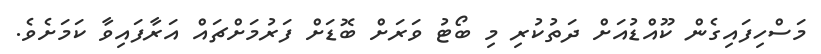
މަސްހިފައިގެން ކޫއްޑުއަށް ދަތުކުރި މި ބޯޓު ވަރަށް ބޮޑަށް ފަރުމަށްޗައް އަރާފައިވާ ކަމަށެވެ.